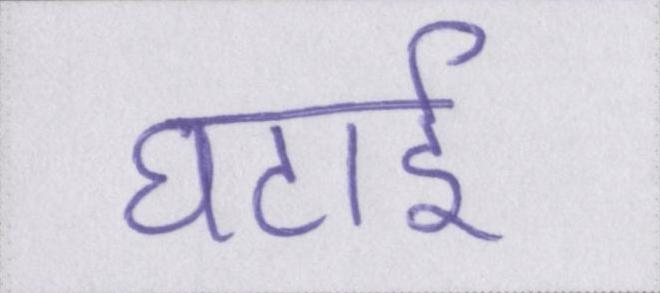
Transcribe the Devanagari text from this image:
घटाई